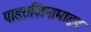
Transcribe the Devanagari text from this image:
पाइराज़िनामाइड